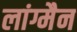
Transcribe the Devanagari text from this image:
लांग्मैन